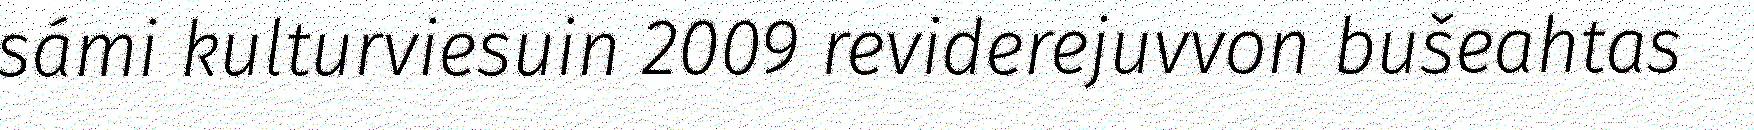
sámi kulturviesuin 2009 reviderejuvvon bušeahtas